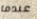
عندما